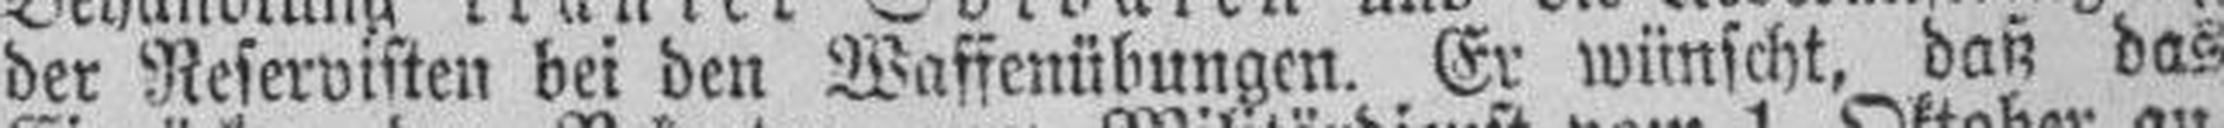
der Reservisten bei den Waffenübungen. Er wünscht, daß das